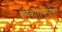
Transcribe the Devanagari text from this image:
देविकाराणीसोबत